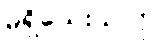
မရှိသေးသလို